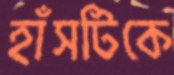
হাঁসটিকে